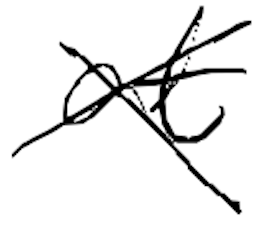
Text: at
Cross-out: cross
Writing tool: digital_black